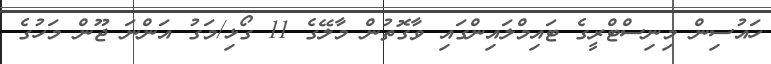
ހައުސިން މިނިސްޓްރީގެ ޓައިމްލައިންގައި ވާގޮތުން މާލޭގެ 11 ގޯޅި/މަގު އަންނަ ޖޫން މަހުގެ